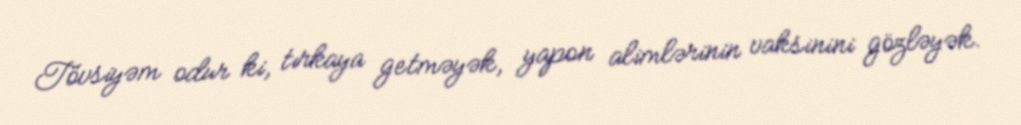
Tövsiyəm odur ki, tırkaya getməyək, yapon alimlərinin vaksinini gözləyək.